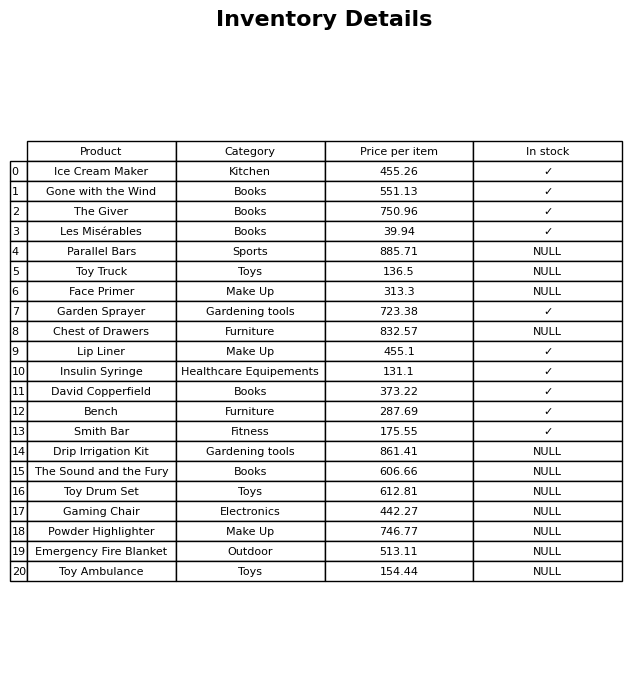
question: What is the price for Smith Bar?
answer: The price of Smith Bar is 175.55.